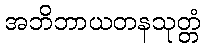
အဘိဘာယတနသုတ္တံ